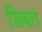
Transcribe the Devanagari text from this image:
डिबत